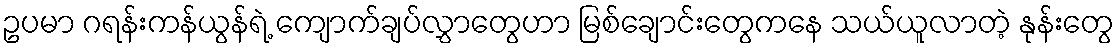
ဥပမာ ဂရန်းကန်ယွန်ရဲ့ ကျောက်ချပ်လွှာတွေဟာ မြစ်ချောင်းတွေကနေ သယ်ယူလာတဲ့ နုန်းတွေ